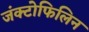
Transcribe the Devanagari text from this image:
जंक्टोफिलिन